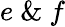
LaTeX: e\ \& \ f